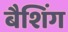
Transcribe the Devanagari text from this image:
बैशिंग